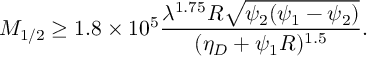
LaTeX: M _ { 1 / 2 } \geq 1 . 8 \times 1 0 ^ { 5 } \frac { \lambda ^ { 1 . 7 5 } R \sqrt { \psi _ { 2 } ( \psi _ { 1 } - \psi _ { 2 } ) } } { ( \eta _ { D } + \psi _ { 1 } R ) ^ { 1 . 5 } } .